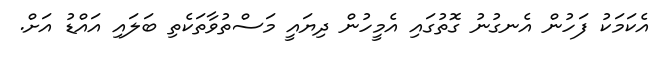
އެކަމަކު ފަހުން އެނގުނު ގޮތުގައި އެމީހުން ދިޔައީ މަސްތުވާތަކެތި ބަލައި އައްޑު އަށް.